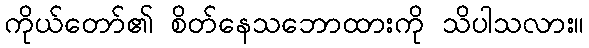
ကိုယ်တော်၏ စိတ်နေသဘောထားကို သိပါသလား။